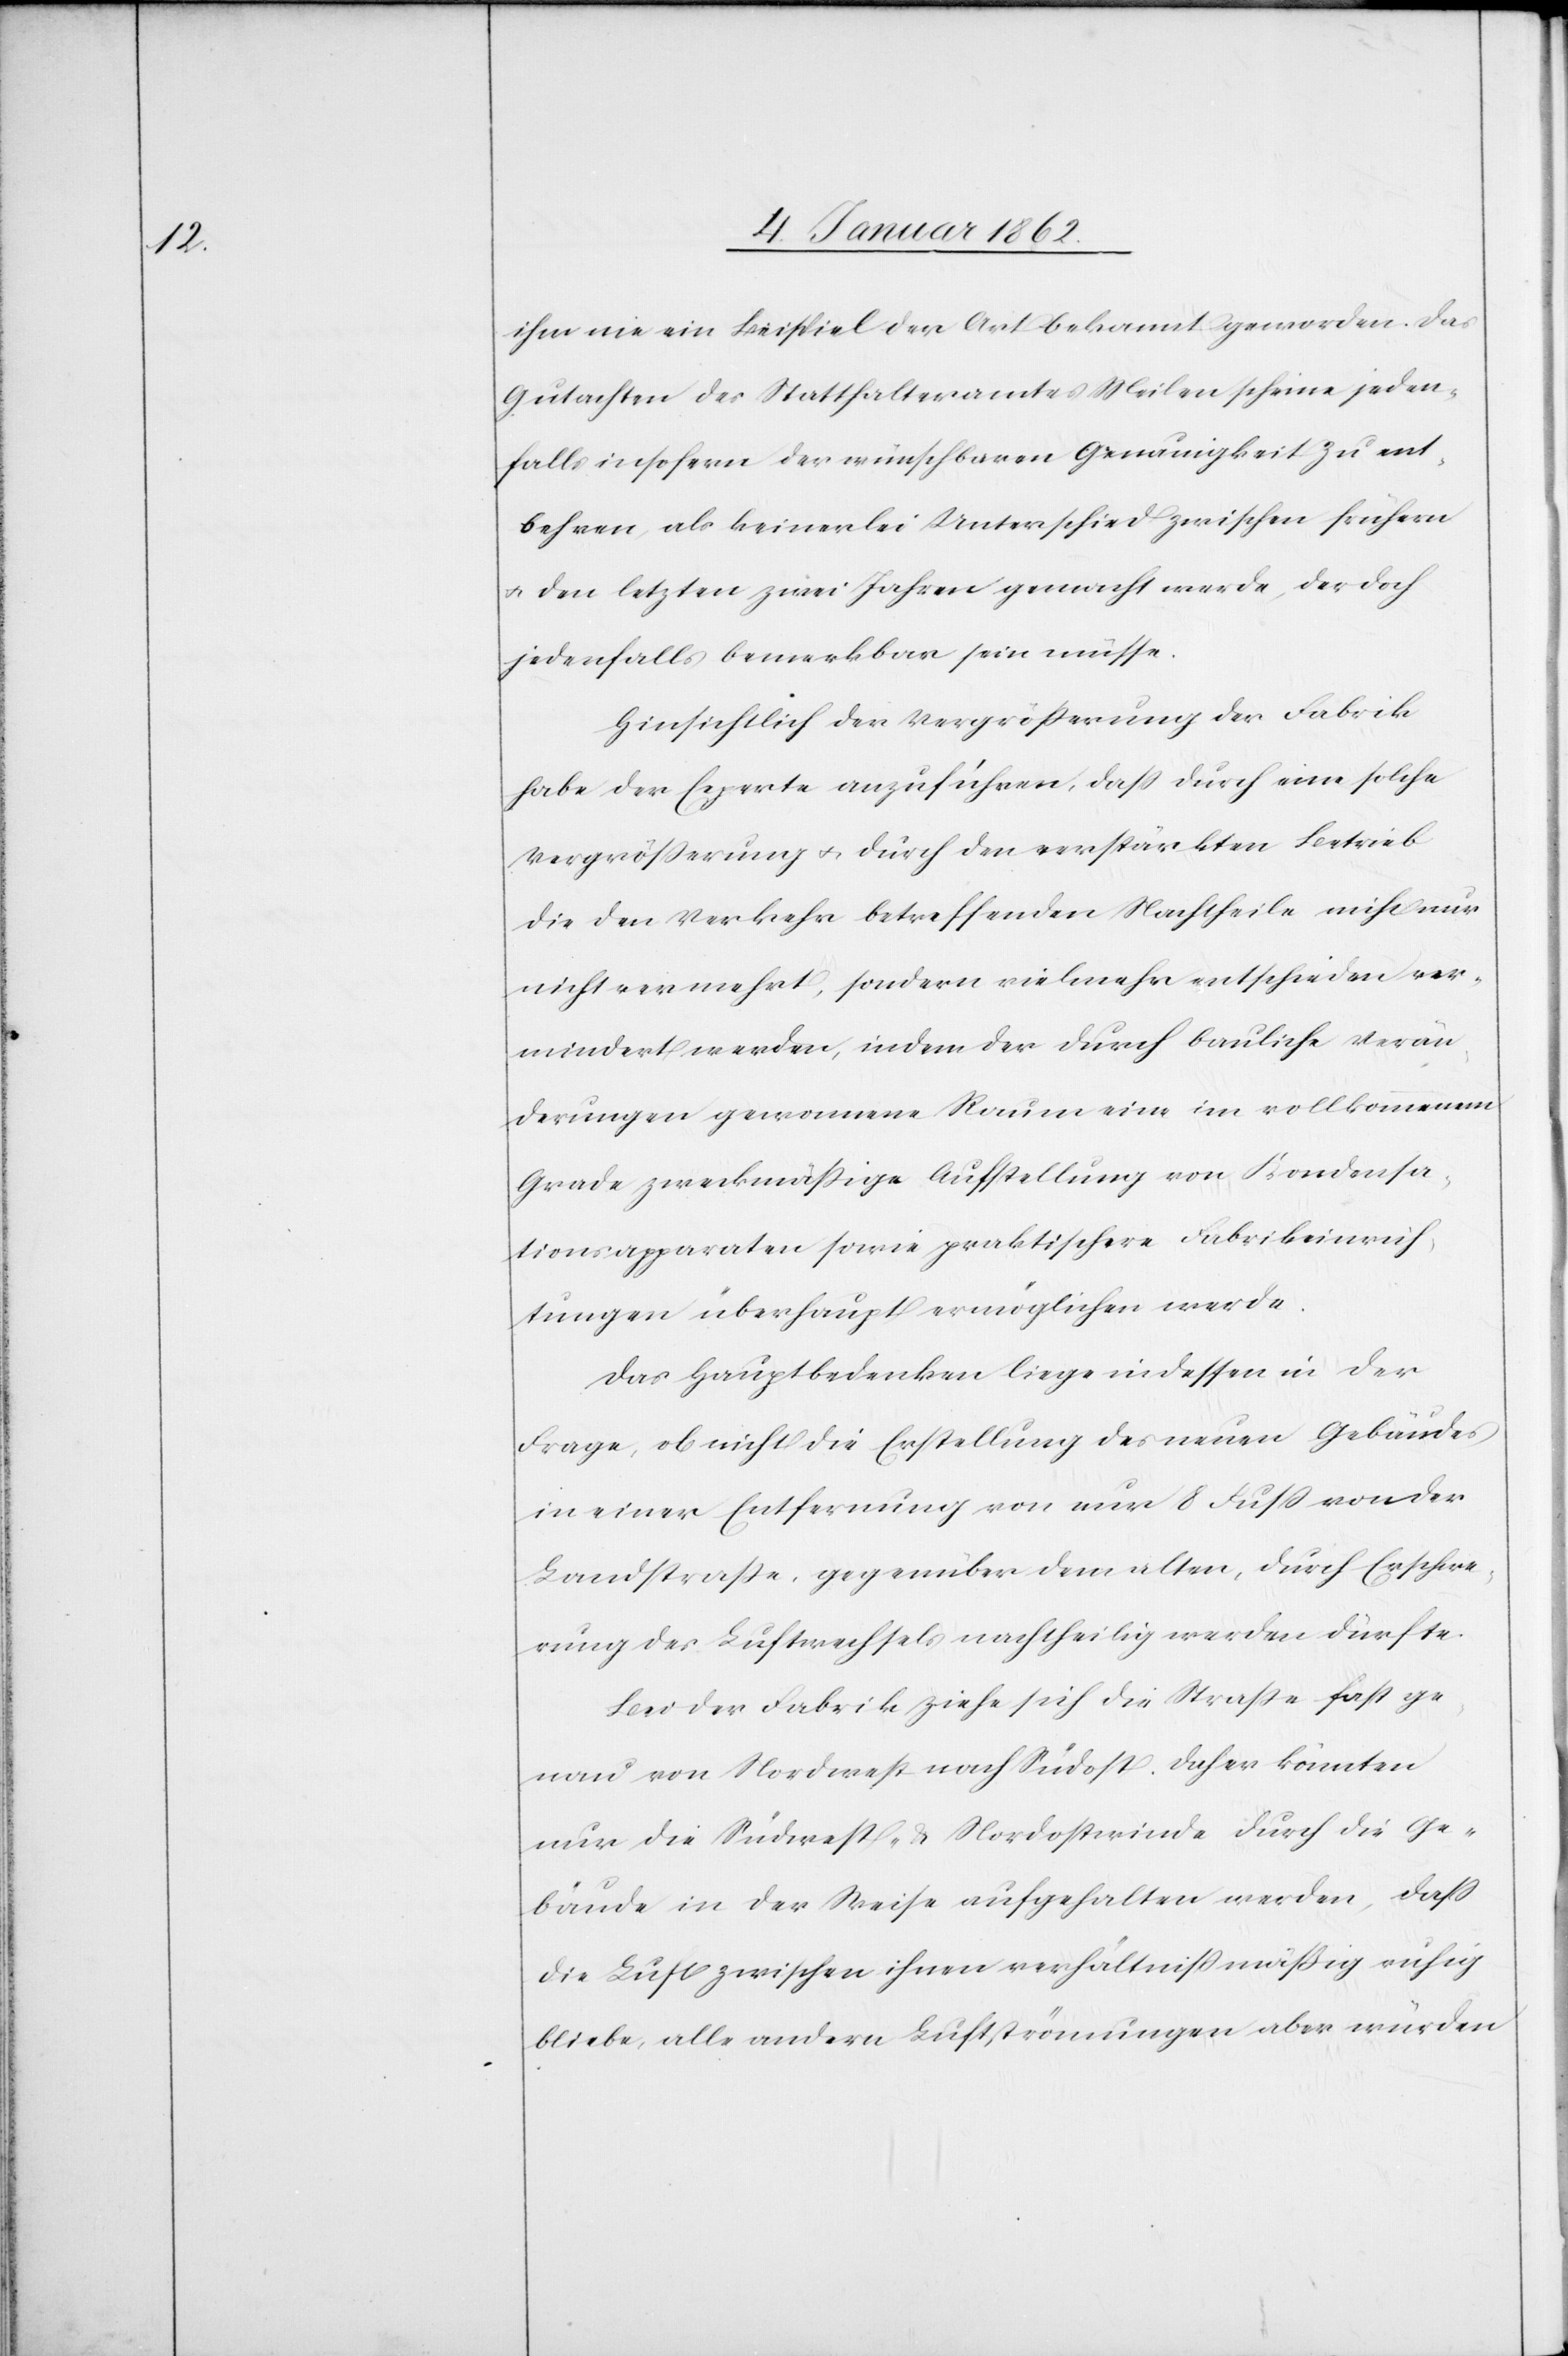
ihm nie ein Beispiel der Art bekannt geworden. Das
Gutachten des Statthalteramtes Meilen scheine jeden¬
falls insofern der wünschbaren Genauigkeit zu ent¬
behren, als keinerlei Unterschied zwischen frühern
u. den letzten zwei Jahren gemacht werde, der doch
jedenfalls bemerkbar sein müsse.
Hinsichtlich der Vergrößerung der Fabrik
habe der Experte anzuführen, daß durch eine solche
Vergrößerung u. durch den verstärkten Betrieb
die den Verkehr betreffenden Nachtheile nicht nur
nicht vermehrt, sondern vielmehr entschieden ver¬
mindert werden, indem der durch bauliche Verän¬
derungen gewonnene Raum eine im vollkommenen
Grade zweckmäßige Aufstellung von Kondensa¬
tionsapparaten sowie praktischere Fabrikeinrich¬
tungen überhaupt ermöglichen werde.
Das Hauptbedenken liege indessen in der
Frage, ob nicht die Erstellung des neuen Gebäudes
in einer Entfernung von nur 8 Fuß von der
Landstraße, gegenüber dem alten, durch Erschwe¬
rung des Luftwechsels nachtheilig werden dürfte.
Bei der Fabrik ziehe sich die Straße fast ge¬
nau von Nordwest nach Südost. Daher könnten
nur die Südwest- u. Nordostwinde durch die Ge¬
bäude in der Weise aufgehalten werden, daß
die Luft zwischen ihnen verhältnißmäßig ruhig
bliebe, alle andern Luftströmungen aber würden